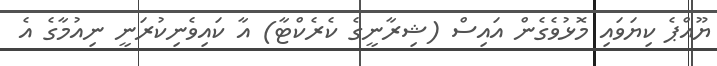
ޔޫއްޕެ ކިޔަވައި މޮޅުވެގެން އައިސް (ޝިރާނީގެ ކެރެކްޓާ) އާ ކައިވެނިކުރަނީ ނިއުމާގެ އެ